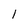
Character: 1